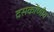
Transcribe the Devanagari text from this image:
दसकोंणीय